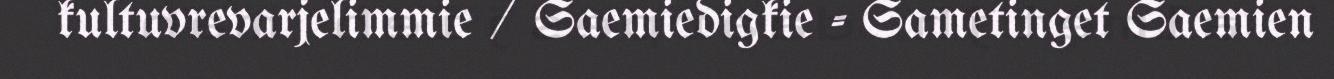
kultuvrevarjelimmie / Saemiedigkie - Sametinget Saemien